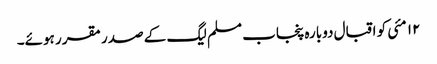
١٢ مئی کو اقبال دوبارہ پنجاب مسلم لیگ کے صدر مقرر ہوئے۔